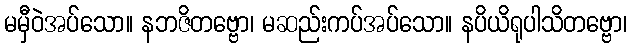
မမှီဝဲအပ်သော။ နဘဇိတဗ္ဗော၊ မဆည်းကပ်အပ်သော။ နပိယိရုပါသိတဗ္ဗော၊